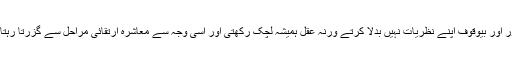
جانور اور بیوقوف اپنے نظریات نہیں بدلا کرتے ورنہ عقل ہمیشہ لچک رکھتی اور اسی وجہ سے معاشرہ ارتقائی مراحل سے گزرتا رہتا ہے۔